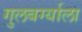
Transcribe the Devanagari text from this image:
गुलबर्ग्याला